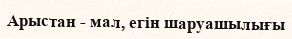
Арыстан - мал, егін шаруашылығы